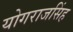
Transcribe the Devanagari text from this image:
योगराजसिंह